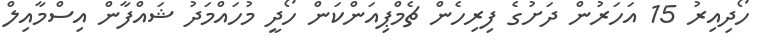
ހޯދިއިރު 15 އަހަރުން ދަށުގެ ފިރިހެން ޗެމްޕިއަންކަން ހޯދީ މުހައްމަދު ޝައްފާން އިސްމާއިލް